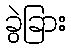
ခွဲခြား